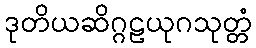
ဒုတိယဆိဂ္ဂဠယုဂသုတ္တံ